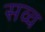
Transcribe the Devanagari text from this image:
सव्व